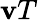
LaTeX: \mathbf{v}T